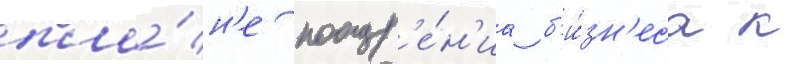
пла́н'е поощр'е́н'иа б'и́зн'еса к